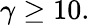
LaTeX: \gamma\geq 10.